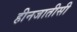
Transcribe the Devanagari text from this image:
हीनजातीसी